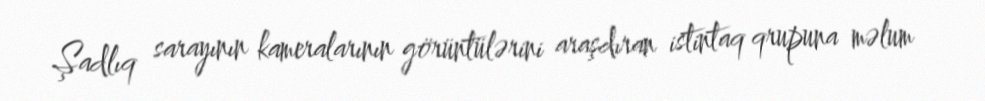
Şadlıq sarayının kameralarının görüntülərini araşdıran istintaq qrupuna məlum